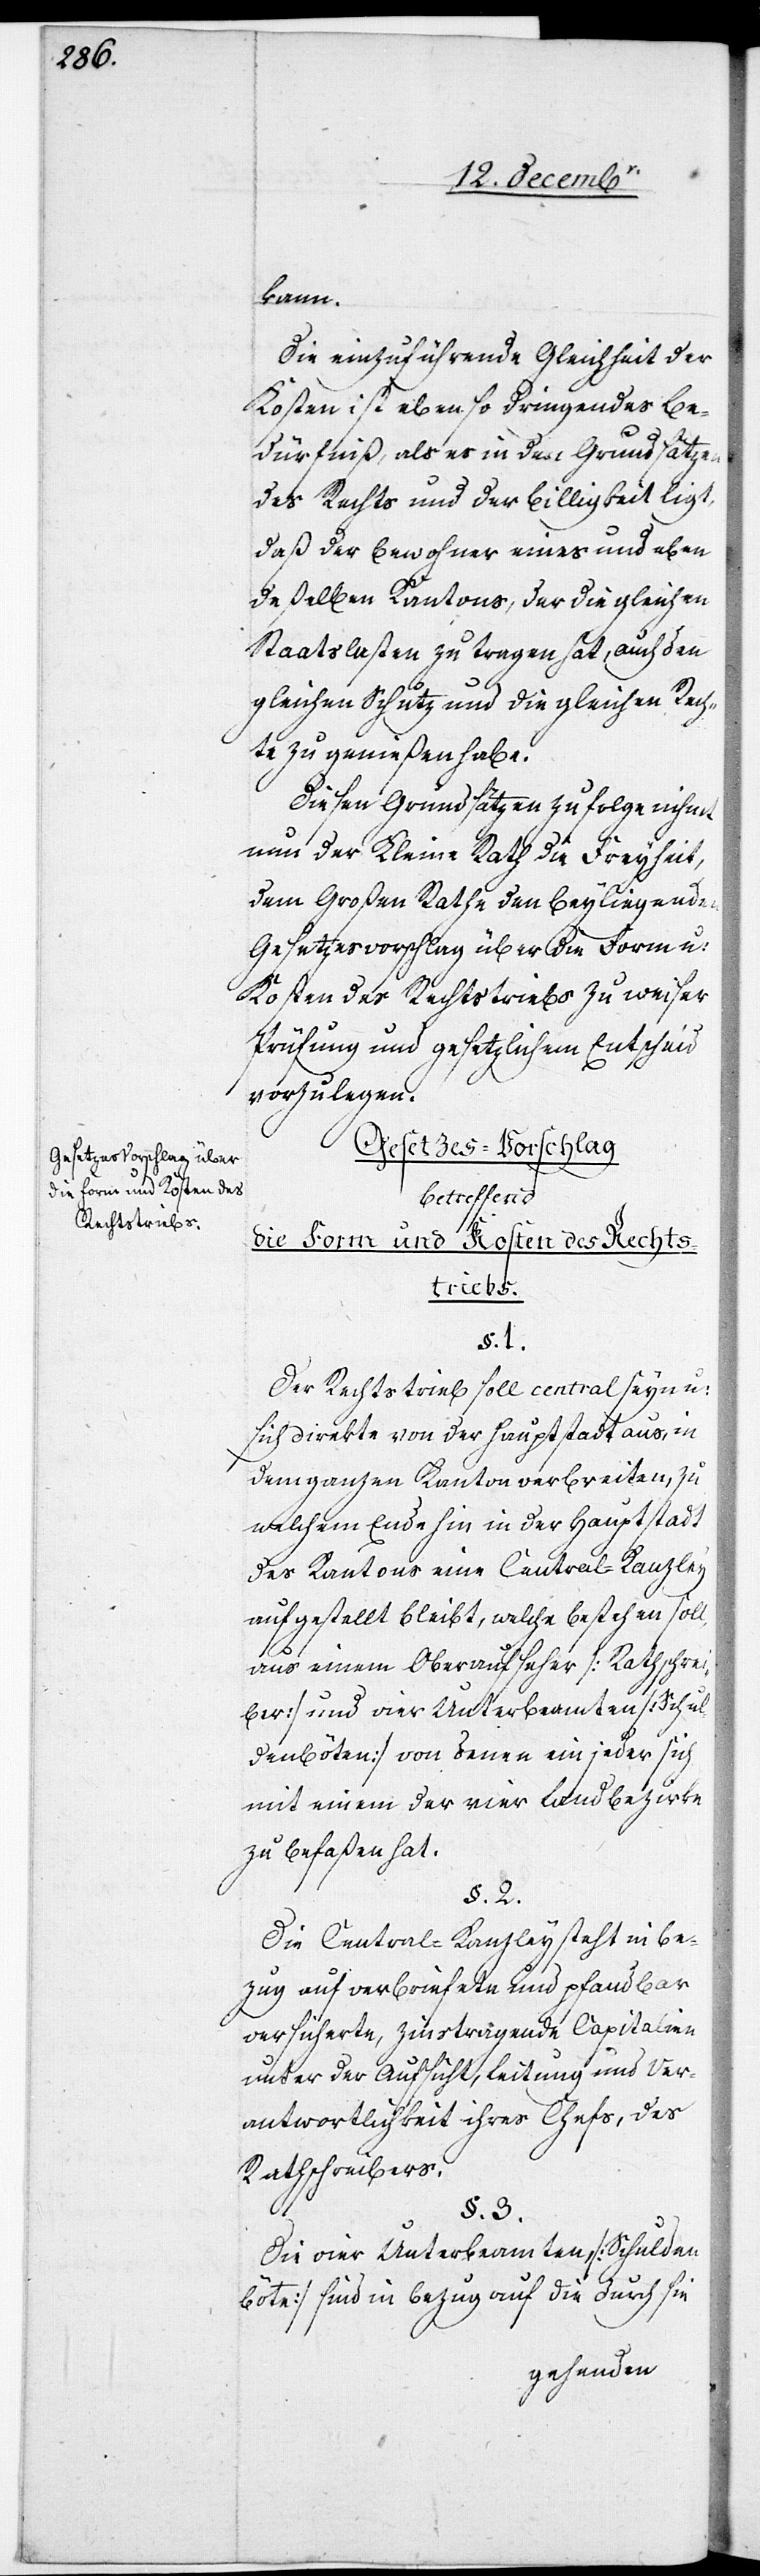
die Form und Kosten des
Rechtstriebs.

kann.
Die einzuführende Gleichheit der
Kosten ist eben so dringendes Be¬
dürfniß, als es in den Grundsätzen
des Rechts und der Billigkeit ligt,
daß der Bewohner eines und eben
deßelben Kantons, der die gleichen
Staatslasten zu tragen hat, auch den
gleichen Schutz und die gleichen Rech¬
te zu genießen habe.
Diesen Grundsätzen zufolge nihmt
nun der Kleine Rath die Freyheit,
dem Großen Rathe den beyliegenden
Gesetzesvorschlag über die Form u:
Kosten des Rechtstriebs zu weiser
Prüfung und gesetzlichem Entscheid
vorzulegen.
Gesetzes-Vorschlag
betreffend
§. 1.
Der Rechtstrieb soll central seyn u:
sich direkte von der Hauptstadt aus, in
dem ganzen Kanton verbreiten, zu
welchem Ende hin in der Hauptstadt
des Kantons eine Central-Kanzley
aufgestellt bleibt, welche bestehen soll,
aus einem Oberaufseher [Rathschrei¬
ber] und vier Unterbeamten [Schul¬
denböten] von denen ein jeder sich
mit einem der vier Landbezirke
zu befaßen hat.
§. 2.
Die Central-Kanzley steht in Be¬
zug auf verbriefete und pfandbar
versicherte, zinstragende Capitalien
unter der Aufsicht, Leitung und Ver¬
antwortlichkeit ihres Chefs, des
Rathschreibers.
§. 3.
Die vier Unterbeamten [Schulden¬
böte] sind in Bezug auf die durch sie